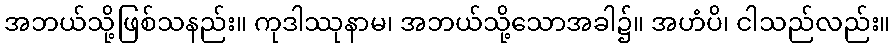
အဘယ်သို့ဖြစ်သနည်း။ ကုဒါဿုနာမ၊ အဘယ်သို့သောအခါ၌။ အဟံပိ၊ ငါသည်လည်း။